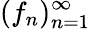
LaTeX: (f_{n})_{n=1}^{\infty}